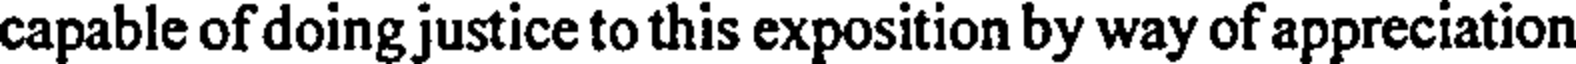
capable of doing justice to this exposition by way of appreciation